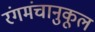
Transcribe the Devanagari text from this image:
रंगमंचानुकूल